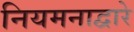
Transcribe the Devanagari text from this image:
नियमनाद्वारे